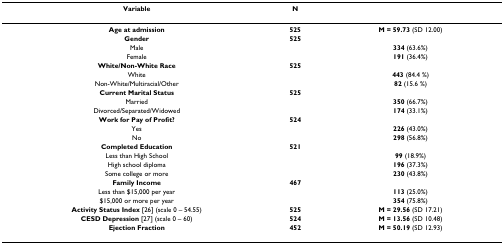
| Variable | N |  |
 | --- | --- | --- |
 | Age at admission | 525 | M = 59.73 (SD 12.00) |
 | Gender | 525 |  |
 | Male |  | 334 (63.6%) |
 | Female |  | 191 (36.4%) |
 | White/Non-White Race | 525 |  |
 | White |  | 443 (84.4 %) |
 | Non-White/Multiracial/Other |  | 82 (15.6 %) |
 | Current Marital Status | 525 |  |
 | Married |  | 350 (66.7%) |
 | Divorced/Separated/Widowed |  | 174 (33.1%) |
 | Work for Pay of Profit? | 524 |  |
 | Yes |  | 226 (43.0%) |
 | No |  | 298 (56.8%) |
 | Completed Education | 521 |  |
 | Less than High School |  | 99 (18.9%) |
 | High school diploma |  | 196 (37.3%) |
 | Some college or more |  | 230 (43.8%) |
 | Family Income | 467 |  |
 | Less than $15,000 per year |  | 113 (25.0%) |
 | $15,000 or more per year |  | 354 (75.8%) |
 | Activity Status Index [26] (scale 0 – 54.55) | 525 | M = 29.56 (SD 17.21) |
 | CESD Depression [27] (scale 0 – 60) | 524 | M = 13.56 (SD 10.48) |
 | Ejection Fraction | 452 | M = 50.19 (SD 12.93) |